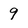
Character: 9